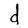
Character: d